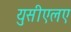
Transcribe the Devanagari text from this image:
युसीएलए